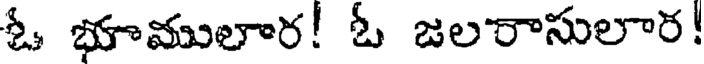
ఓ భూములార! ఓ జలరాసులార!